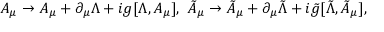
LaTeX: A _ { \mu } \to A _ { \mu } + \partial _ { \mu } \Lambda + i g [ \Lambda , A _ { \mu } ] , \ \tilde { A } _ { \mu } \to \tilde { A } _ { \mu } + \partial _ { \mu } \tilde { \Lambda } + i \tilde { g } [ \tilde { \Lambda } , \tilde { A } _ { \mu } ] ,